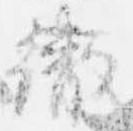
徹